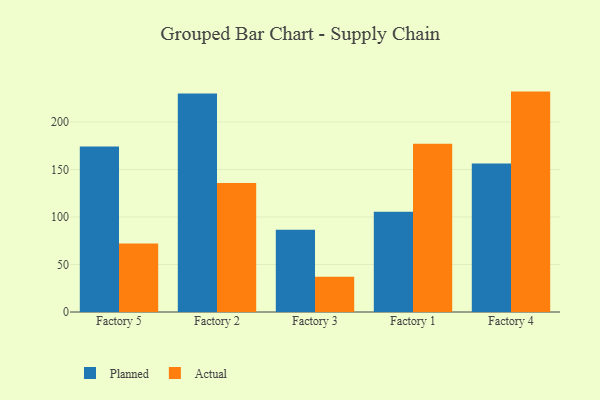
{"axis": {"x": "Factory", "y": "Churn Rate (%)"}, "legend": ["Actual", "Planned"], "data": [{"x": "Factory 5", "y": 174.2, "type": "Planned"}, {"x": "Factory 5", "y": 72.1, "type": "Actual"}, {"x": "Factory 2", "y": 230.0, "type": "Planned"}, {"x": "Factory 2", "y": 135.9, "type": "Actual"}, {"x": "Factory 3", "y": 86.5, "type": "Planned"}, {"x": "Factory 3", "y": 37.1, "type": "Actual"}, {"x": "Factory 1", "y": 105.4, "type": "Planned"}, {"x": "Factory 1", "y": 177.1, "type": "Actual"}, {"x": "Factory 4", "y": 156.4, "type": "Planned"}, {"x": "Factory 4", "y": 232.0, "type": "Actual"}]}